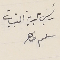
رئيس بلدية القبيات سلىم ضاهر